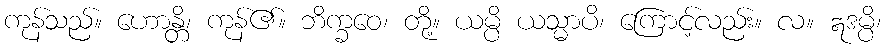
ကုန်သည်။ ဟောန္တိ၊ ကုန်၏။ ဘိက္ခဝေ၊ တို့။ ယမ္ပိ ယသ္မာပိ၊ ကြောင့်လည်း။ လ။ ဣဒမ္ပိ၊